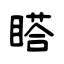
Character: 𥉌